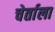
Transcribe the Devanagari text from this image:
चेर्ताला